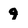
Character: 9